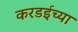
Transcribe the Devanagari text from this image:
करडईच्या